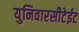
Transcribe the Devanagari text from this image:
युनिवारसीटेईट